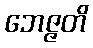
ဘေဇ္ဇတိ